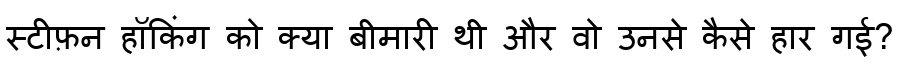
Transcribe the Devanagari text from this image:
स्टीफ़न हॉकिंग को क्या बीमारी थी और वो उनसे कैसे हार गई?